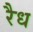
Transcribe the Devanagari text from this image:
रैध